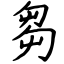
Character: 芻